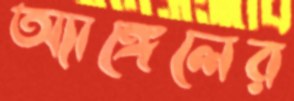
অ্যাঙ্গেলের